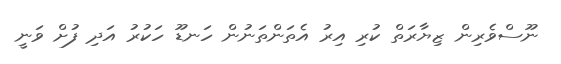
ނޫސްވެރިން ޒިޔާރަތް ކުރި އިރު އެތަންތަނުން ހަނޑޫ ހަކުރު އަދި ފުށް ވަނީ